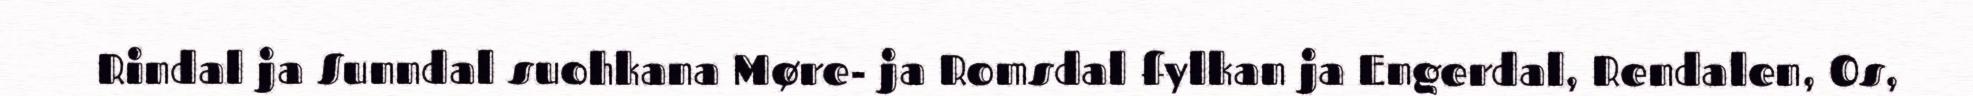
Rindal ja Sunndal suohkana Møre- ja Romsdal fylkan ja Engerdal, Rendalen, Os,